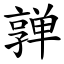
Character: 亸